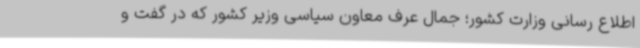
اطلاع رسانی وزارت کشور؛ جمال عرف معاون سیاسی وزیر کشور که در گفت و